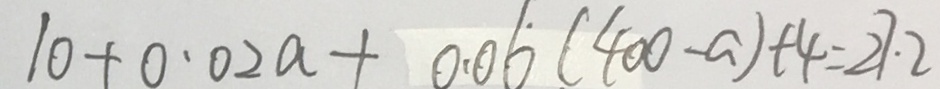
1 0 + 0 . 0 2 a + 0 . 0 6 ( 4 0 0 - a ) + 4 = 2 7 . 2